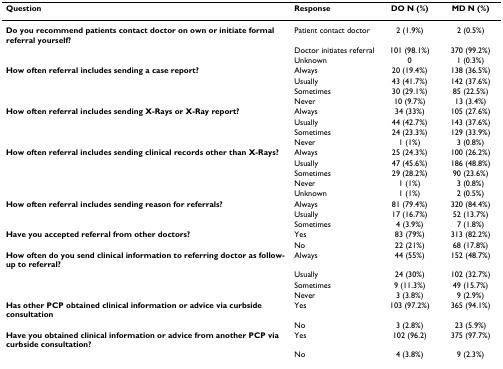
<table><thead><tr><td><b>Question</b></td><td><b>Response</b></td><td><b>DO N (%)</b></td><td><b>MD N (%)</b></td></tr></thead><tbody><tr><td><b>Do you recommend patients contact doctor on own or initiate formal referral yourself?</b></td><td>Patient contact doctor</td><td>2 (1.9%)</td><td>2 (0.5%)</td></tr><tr><td></td><td>Doctor initiates referral</td><td>101 (98.1%)</td><td>370 (99.2%)</td></tr><tr><td></td><td>Unknown</td><td>0</td><td>1 (0.3%)</td></tr><tr><td><b>How often referral includes sending a case report?</b></td><td>Always</td><td>20 (19.4%)</td><td>138 (36.5%)</td></tr><tr><td></td><td>Usually</td><td>43 (41.7%)</td><td>142 (37.6%)</td></tr><tr><td></td><td>Sometimes</td><td>30 (29.1%)</td><td>85 (22.5%)</td></tr><tr><td></td><td>Never</td><td>10 (9.7%)</td><td>13 (3.4%)</td></tr><tr><td><b>How often referral includes sending X-Rays or X-Ray report?</b></td><td>Always</td><td>34 (33%)</td><td>105 (27.6%)</td></tr><tr><td></td><td>Usually</td><td>44 (42.7%)</td><td>143 (37.6%)</td></tr><tr><td></td><td>Sometimes</td><td>24 (23.3%)</td><td>129 (33.9%)</td></tr><tr><td></td><td>Never</td><td>1 (1%)</td><td>3 (0.8%)</td></tr><tr><td><b>How often referral includes sending clinical records other than X-Rays?</b></td><td>Always</td><td>25 (24.3%)</td><td>100 (26.2%)</td></tr><tr><td></td><td>Usually</td><td>47 (45.6%)</td><td>186 (48.8%)</td></tr><tr><td></td><td>Sometimes</td><td>29 (28.2%)</td><td>90 (23.6%)</td></tr><tr><td></td><td>Never</td><td>1 (1%)</td><td>3 (0.8%)</td></tr><tr><td></td><td>Unknown</td><td>1 (1%)</td><td>2 (0.5%)</td></tr><tr><td><b>How often referral includes sending reason for referrals?</b></td><td>Always</td><td>81 (79.4%)</td><td>320 (84.4%)</td></tr><tr><td></td><td>Usually</td><td>17 (16.7%)</td><td>52 (13.7%)</td></tr><tr><td></td><td>Sometimes</td><td>4 (3.9%)</td><td>7 (1.8%)</td></tr><tr><td><b>Have you accepted referral from other doctors?</b></td><td>Yes</td><td>83 (79%)</td><td>313 (82.2%)</td></tr><tr><td></td><td>No</td><td>22 (21%)</td><td>68 (17.8%)</td></tr><tr><td><b>How often do you send clinical information to referring doctor as follow-up to referral?</b></td><td>Always</td><td>44 (55%)</td><td>152 (48.7%)</td></tr><tr><td></td><td>Usually</td><td>24 (30%)</td><td>102 (32.7%)</td></tr><tr><td></td><td>Sometimes</td><td>9 (11.3%)</td><td>49 (15.7%)</td></tr><tr><td></td><td>Never</td><td>3 (3.8%)</td><td>9 (2.9%)</td></tr><tr><td><b>Has other PCP obtained clinical information or advice via curbside consultation</b></td><td>Yes</td><td>103 (97.2%)</td><td>365 (94.1%)</td></tr><tr><td></td><td>No</td><td>3 (2.8%)</td><td>23 (5.9%)</td></tr><tr><td><b>Have you obtained clinical information or advice from another PCP via curbside consultation?</b></td><td>Yes</td><td>102 (96.2)</td><td>375 (97.7%)</td></tr><tr><td></td><td>No</td><td>4 (3.8%)</td><td>9 (2.3%)</td></tr></tbody></table>